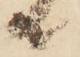
共